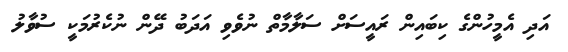
އަދި އެމީހުންގެ ކިބައިން ރައީސަށް ސަލާމާތް ނުވެވި އަދަބު ދޭން ނުކެރުމަކީ ސުވާލު